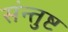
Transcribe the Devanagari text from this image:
संन्तुष्ट